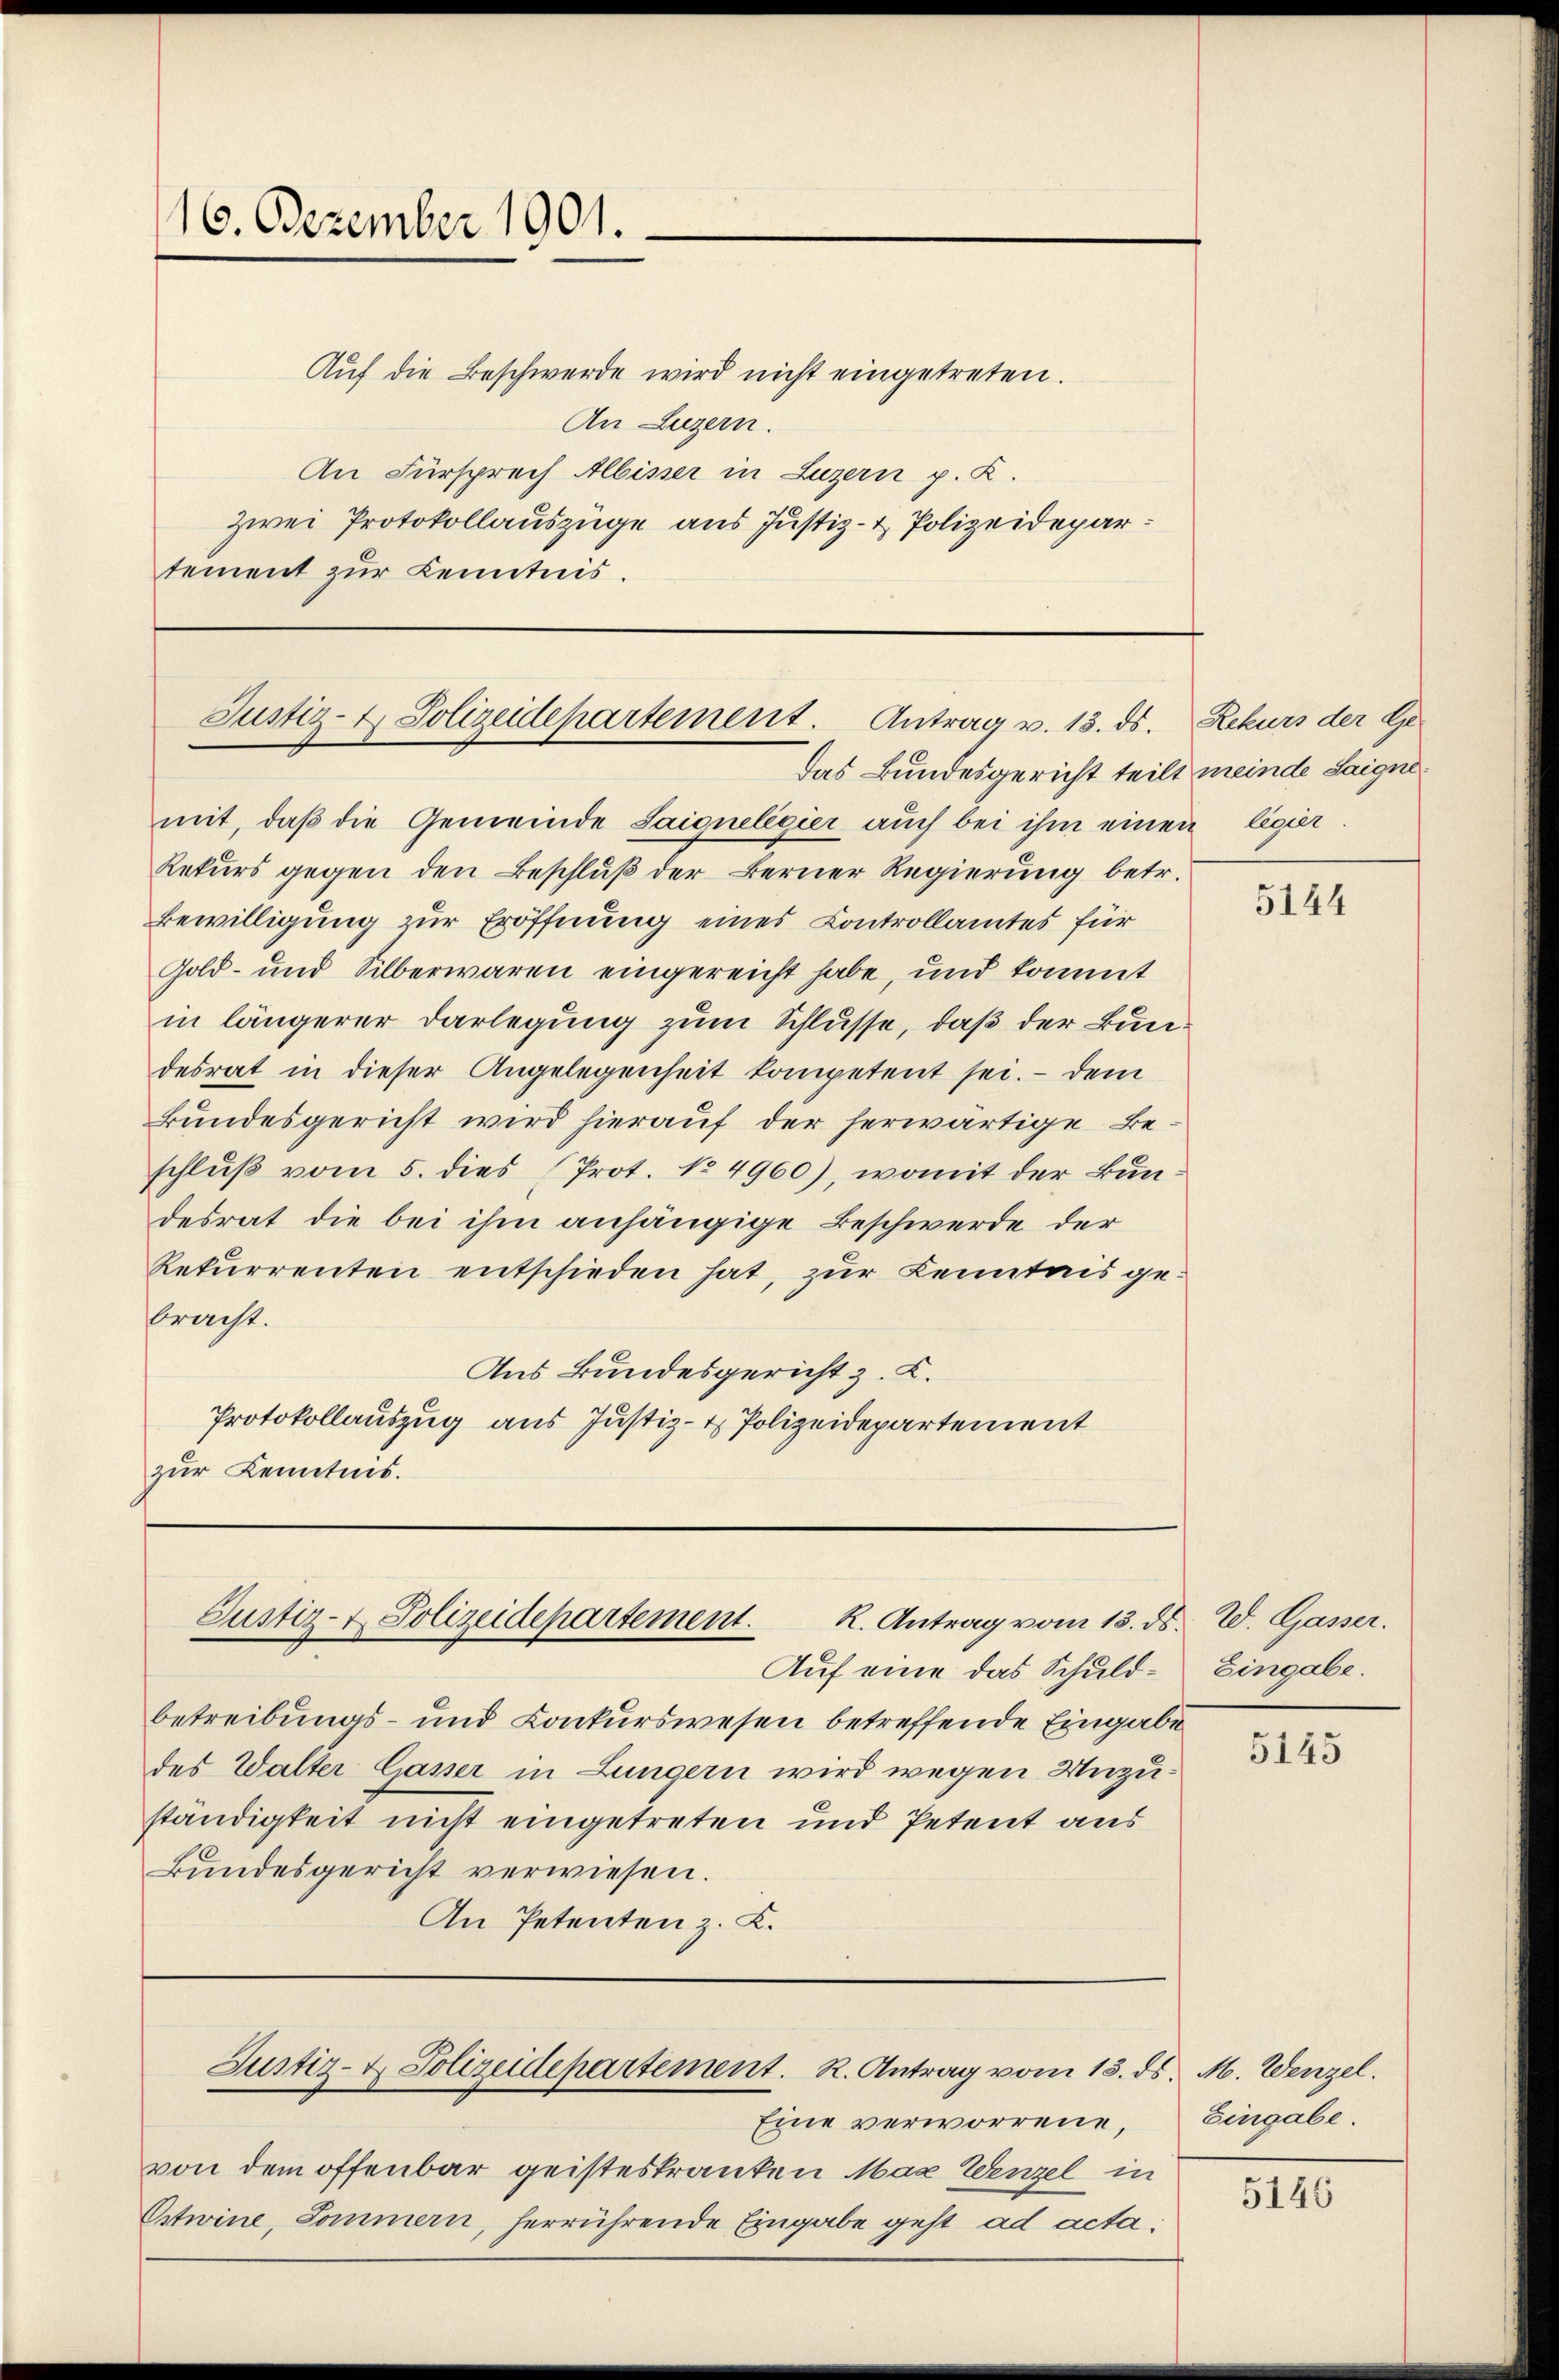
16. Dezember 1901.

Auf die Beschwerde wird nicht eingetreten.
An Luzern.
An Fürsprech Albisser in Luzern p. K.
Zwei Protokollauszüge aus Justiz- & Polizeidepartement zur Kenntnis.

Justiz- & Polizeidepartement. Antrag v. 13. ds.

das Bundesgericht teilt meinde Saignemit, daß die Gemeinde Saignelegier auch bei ihm einen legier
Rekurs gegen den Beschluß der Berner Regierung betr.
Bewilligung zur Eröffnung eines Controllamtes für
Gold- und Silberwaren eingereicht habe, und kommt
in längerer Darlegung zum Schlüsse, daß der Bundesrat in dieser Angelegenheit kompetent sei. - dem
Bundesgericht wird hierauf der herwärtige Beschluß vom 5. dies (Prot. No 4960), womit der Bundesrat die bei ihm anhängige Beschwerde der
Rekurrenten entschieden hat, zur Kenntnis gebracht.
Aus Bundesgericht z. K.
Protokollauszug aus Justiz- & Polizeidepartement
zur Kenntnis.

R. Antrag vom 13. ds. W. Gasser.
Justiz- u. Polizeidepartement.

Justiz- & Polizeidepartement. R. Antrag vom 13. ds. M. Wenzel

von dem offenbar geisteskranken Max Wenzel in
Ostwine, Sommern, herrührende Eingabe geht ad acta

Eine verworrene,

Auf eine das Schuldbetreibungs- und Conkurswesen betreffende Eingabe
des Walter Casser in Lungern wird wegen Unzuständigkeit nicht eingetreten und Petent aus
Bundesgericht verwiesen.
An Petenten z. K.

Rekurs der Ge

5144

Eingabe.

5145

Eingabe.

5146